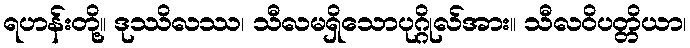
ရဟန်းတို့။ ဒုဿိလဿ၊ သီလမရှိသောပုဂ္ဂိုလ်အား။ သီလဝိပတ္တိယာ၊